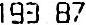
193.87